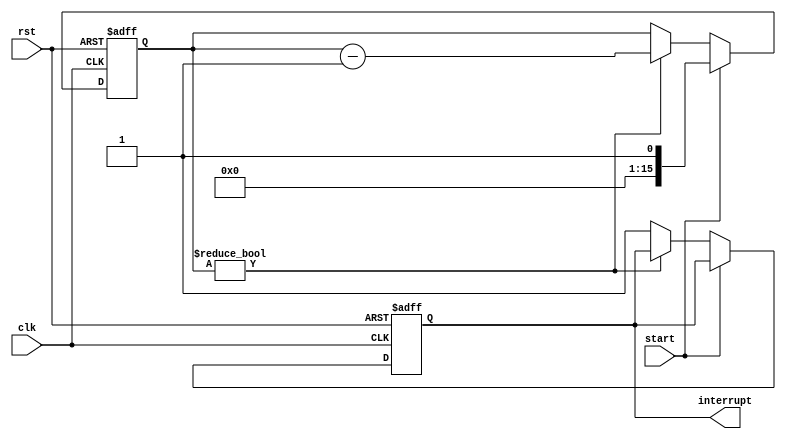
module countdown_timer (
    input wire clk,
    input wire rst,
    input wire start,
    output reg interrupt
);

reg [15:0] count_value; // 16-bit countdown value

always @(posedge clk or posedge rst) begin
    if (rst) begin
        count_value <= 16'd0; // Reset countdown value
        interrupt <= 1'b0; // Reset interrupt signal
    end else if (start) begin
        count_value <= specified_countdown_value; // Initialize countdown value
    end else if (count_value != 16'd0) begin
        count_value <= count_value - 16'd1; // Decrement countdown value
    end else begin
        interrupt <= 1'b1; // Generate interrupt signal
    end
end

endmodule